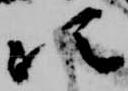
次